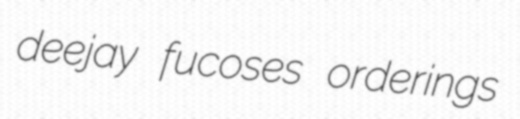
deejay fucoses orderings